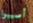
أصيبوا